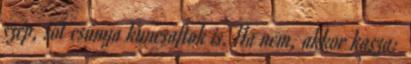
szép, sőt csúnya kuncsaftok is. Ha nem, akkor kasza: